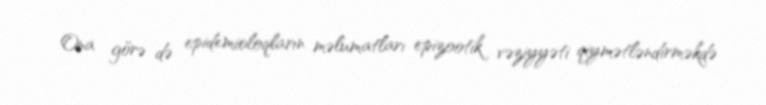
Ona görə də epidemioloqların məlumatları epizootik vəziyyəti qiymətləndirməkdə